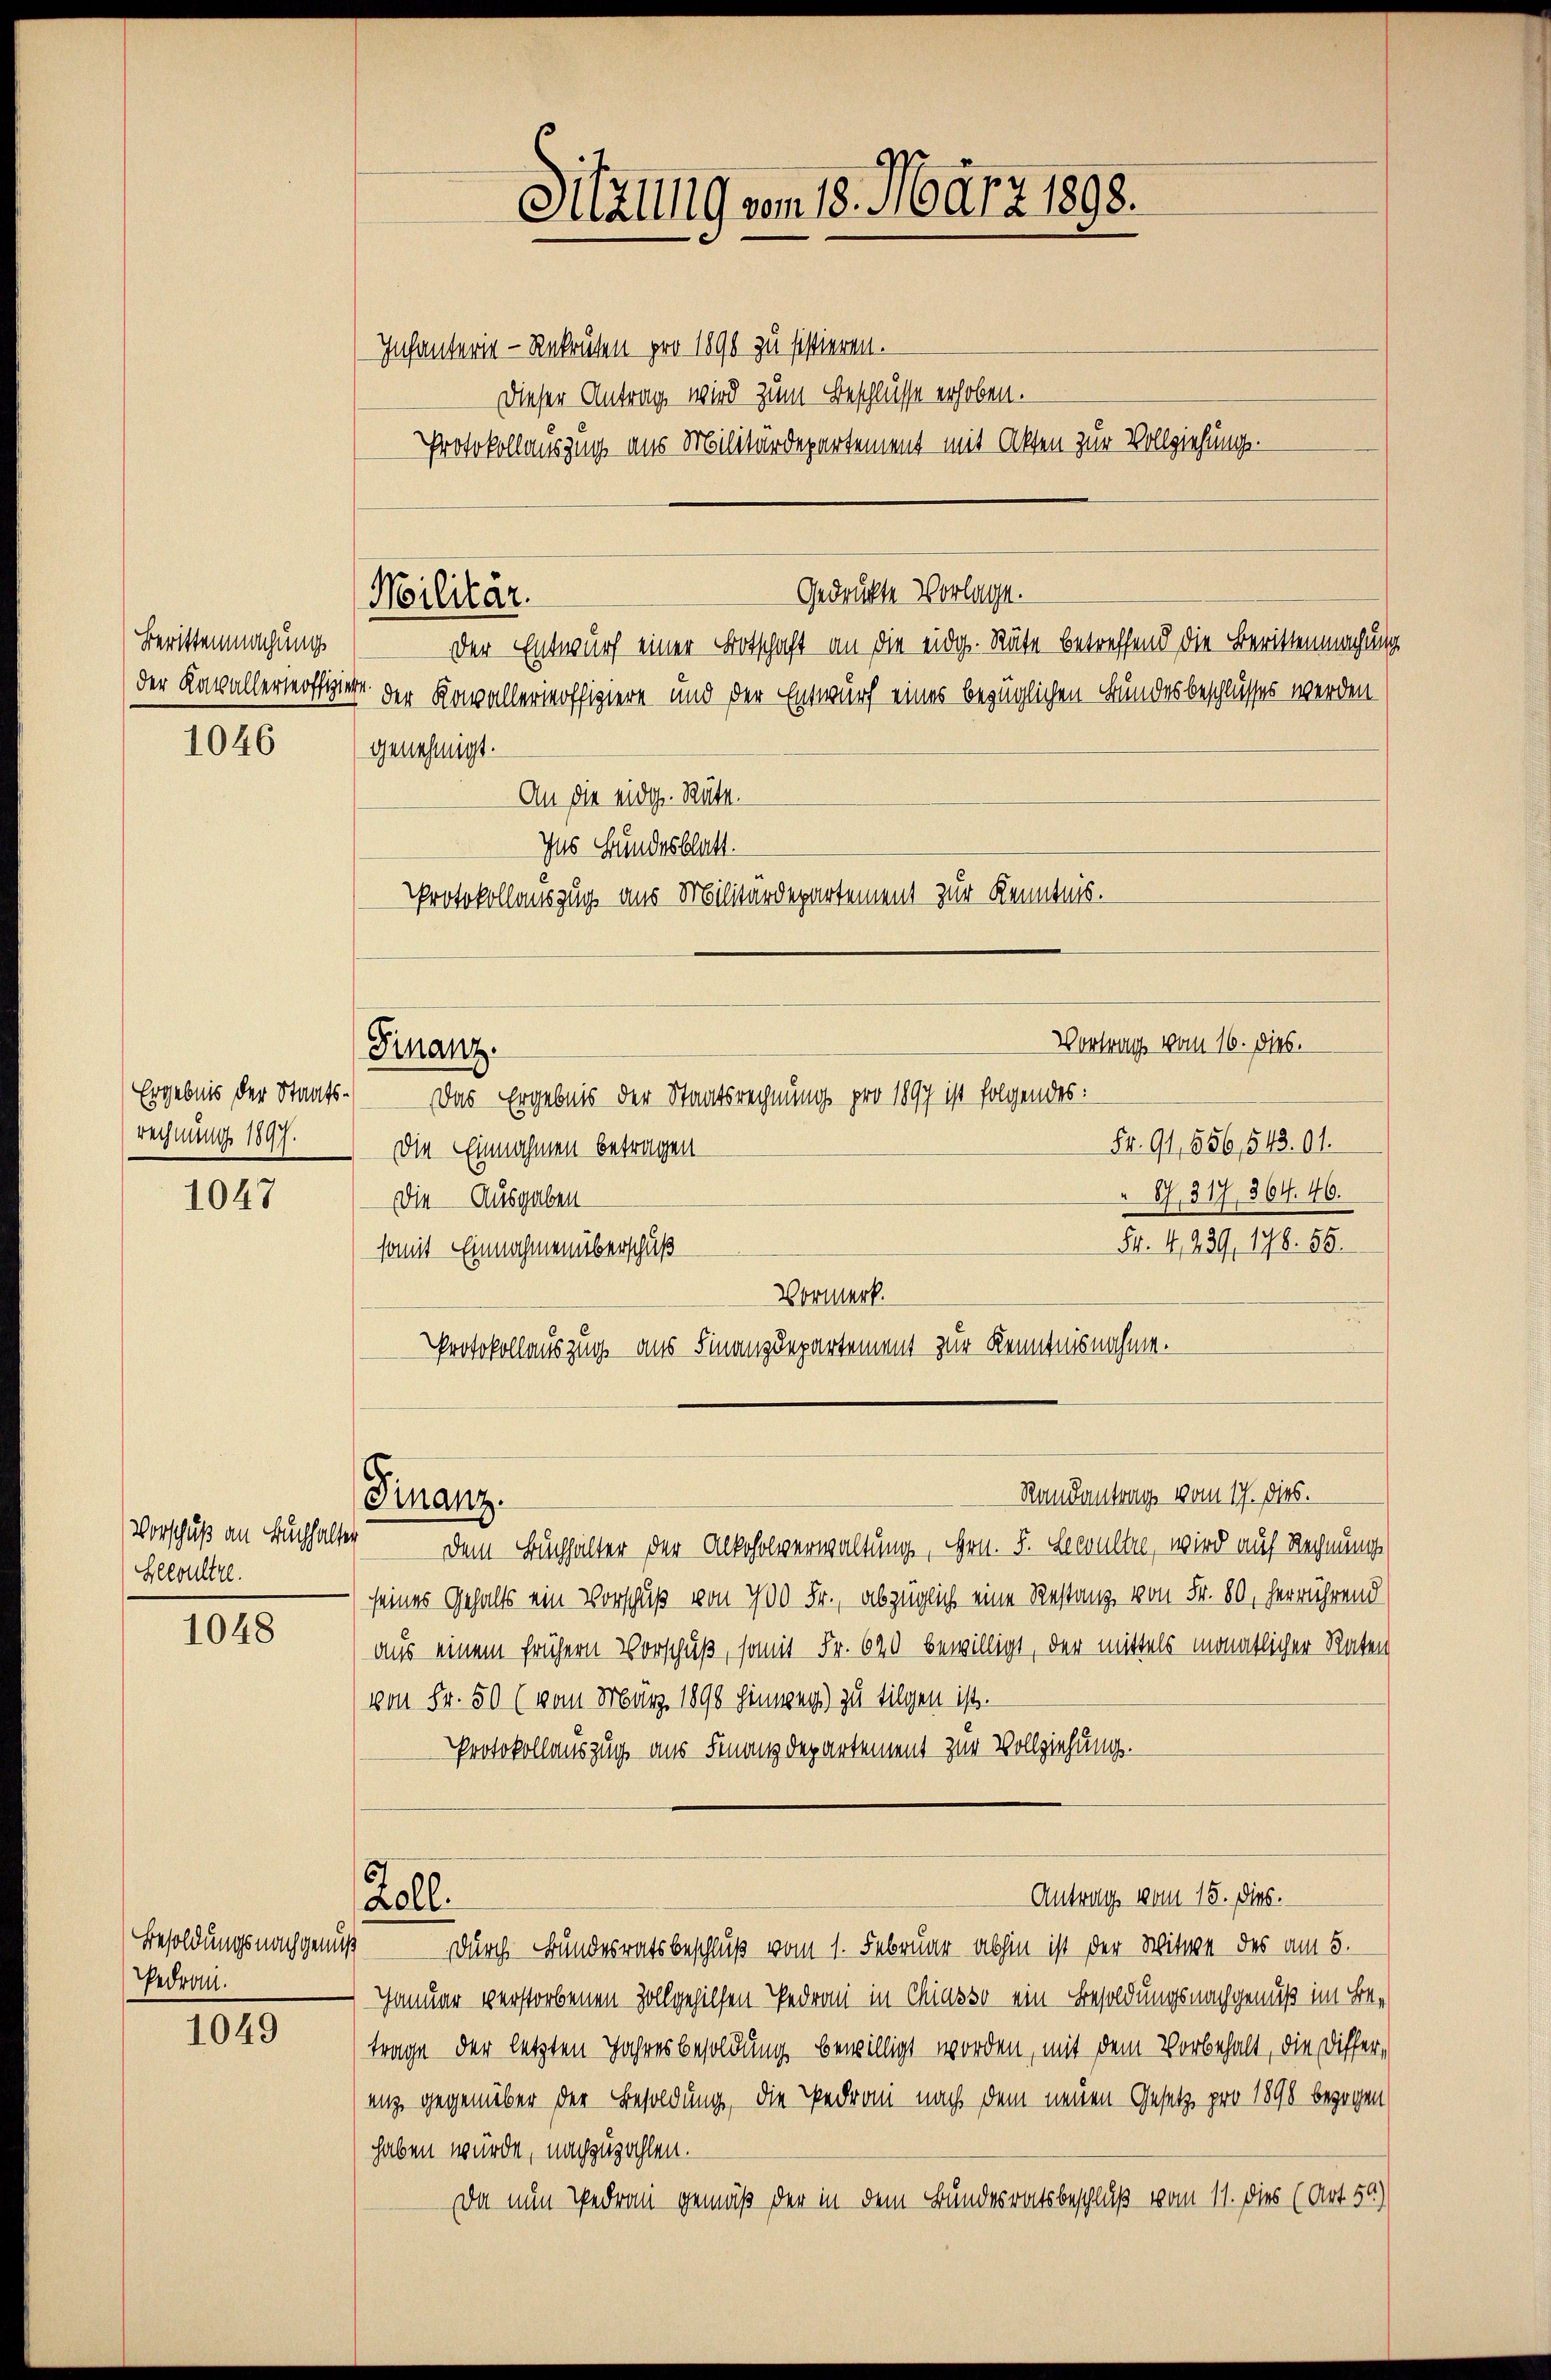
Berittenmachung

1046

Ergebnis der Staatsrechnung 1897.

1047

Sewultre.

1048

Gedron.

1049

Sitzung vom 18. März 1898.
Infanterie - Rekruten pro 1890 zu sistieren.
Dieser Antrag wird zum Beschlüsse erhoben.

Protokollauszug aus Militärdepartement mit Akten zur Vollziehung.

Gedrückte Vorlage.
Militär.

Finanz.

Finanz.

Roll

der Entwurf einer Botschaft an die eidg. Räte betreffend die Berittenmachung
der Kavallerveoffiziere der Konvallerinoffiziere und der Entwurf eines bezüglichen Bundesbeschlusses werden
genehmigt.
An die eidg. Rütt.
Ins Bundesblatt.
Protokollauszug aus Militärdepartement zur Kenntnis.

Das Ergebnis der Staatsrechnung pro 1897 ist folgendes:
Fr. 91, 556,543. 61.
Die Einnahmen betragen
" S. 317. 364. 46.
Die Ausgaben
54. 4,439, 196. 55.
somit Einnahmen überschuß
Vormerk.
Protokollauszug aus Finanzdepartement zur Kenntnisnahme.

Vortrag vom 16. dies.

Randantrag vom 17. dies.
Vorschuß an Buchhalter dem Buchhalter der Alkoholverwaltung, Hrn. F. Seewalte, wird auf Rechnungs
seines Gehalts ein Vorschuß von 700 Fr., abzüglich eine Restanz von Fr. 80, herrührend
aus einem frühern Vorschuß, somit Fr. 640 bewilligt, der mittels monatlicher Raten
von Fr. 50 (vom März 1890 hinweg) zu tilgen ist.
Protokollauszug aus Finanzdepartement zur Vollziehung.

Antrag vom 15. Dies.

Besoldungsnachgenuß durch Bundesratsbeschluß vom 1. Februar abhin ist der Witwe des am 5.
Januar verstorbenen Zollgehilfen Pedran in Chiasso ein Besoldungsnachgenuß im Betrage der letzten Jahresbesoldung bewilligt worden, mit dem Vorbehalt, die Differ-
enz gegenüber der Besoldung, die Pedroni nach dem neuen Gesetz pro 1898 bezogen
haben würde, nachzuzahlen.
Da nun Pedrau gemäß der in dem Bundesratsbeschluß vom 11. dies (Art. 50)